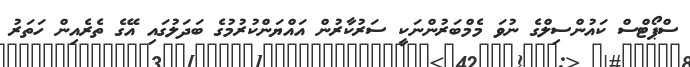
ސްޕޯޓްސް ކައުންސިލްގެ ނުވަ މެމްބަރުންނަކީ ސަރުކާރުން އައްޔަންކުރުމުގެ ބަދަލުގައި އޭގެ ތެރެއިން ހަތަރު